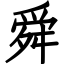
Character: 舜